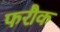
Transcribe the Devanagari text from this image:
फरौक